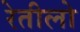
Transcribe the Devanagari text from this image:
रेतीलो